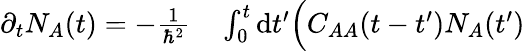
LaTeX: \begin{array}{rl}{\partial_{t}N_{A}(t)=-\frac{1}{\hbar^{2}}}&{{}\int_{0}^{t}\mathrm{d}t^{\prime}\Big(C_{AA}(t-t^{\prime})N_{A}(t^{\prime})}\end{array}